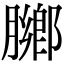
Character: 膷